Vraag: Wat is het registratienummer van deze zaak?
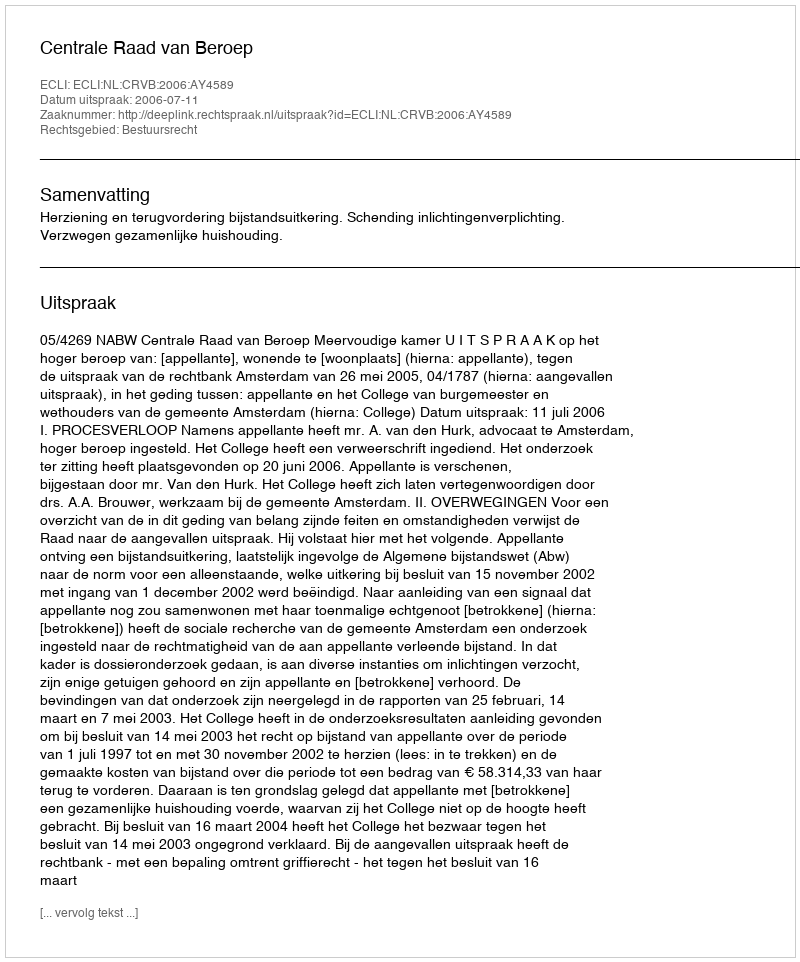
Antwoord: http://deeplink.rechtspraak.nl/uitspraak?id=ECLI:NL:CRVB:2006:AY4589